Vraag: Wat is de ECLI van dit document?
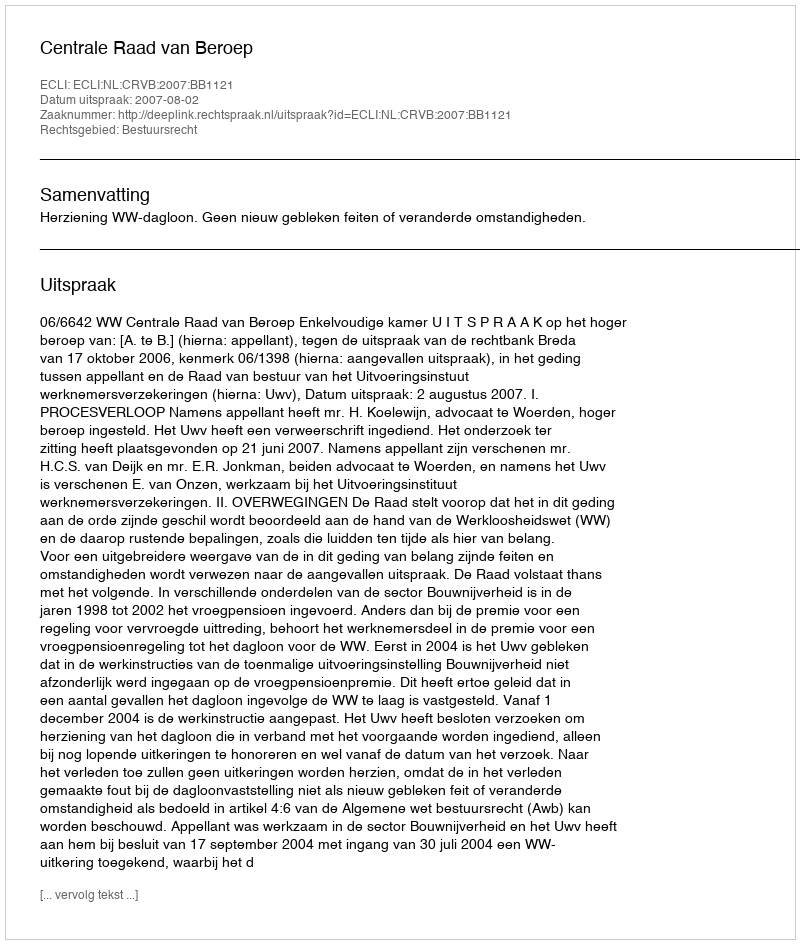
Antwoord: ECLI:NL:CRVB:2007:BB1121